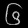
Digit: ၆